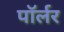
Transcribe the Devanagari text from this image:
पॉर्लर